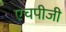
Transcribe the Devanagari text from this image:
एचपीजी